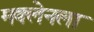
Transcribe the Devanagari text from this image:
मक्लेनला